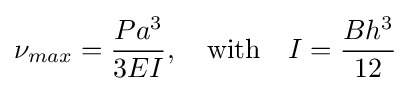
\nu _{max}={\frac {Pa^{3}}{3EI}},\quad {\text{with}}\quad I={\frac {Bh^{3}}{12}}